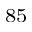
^ { 8 5 }